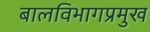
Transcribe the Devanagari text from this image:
बालविभागप्रमुख